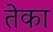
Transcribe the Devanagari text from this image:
तेका